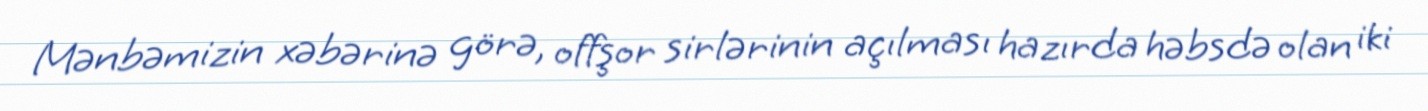
Mənbəmizin xəbərinə görə, offşor sirlərinin açılması hazırda həbsdə olan iki